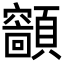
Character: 𩕤